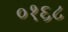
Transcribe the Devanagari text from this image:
०१६८